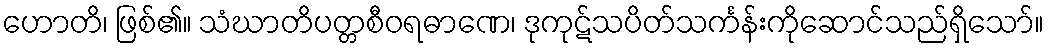
ဟောတိ၊ ဖြစ်၏။ သံဃာတိပတ္တစီဝရဓာဏေ၊ ဒုကုဋ်သပိတ်သင်္ကန်းကိုဆောင်သည်ရှိသော်။